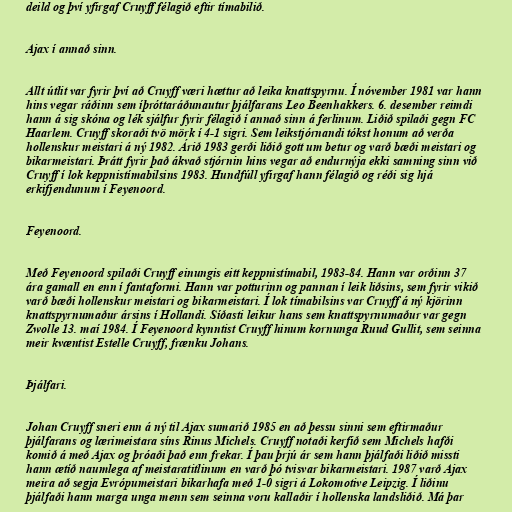
deild og því yfirgaf Cruyff félagið eftir tímabilið.

Ajax í annað sinn.

Allt útlit var fyrir því að Cruyff væri hættur að leika knattspyrnu. Í nóvember 1981 var hann
hins vegar ráðinn sem íþróttaráðunautur þjálfarans Leo Beenhakkers. 6. desember reimdi
hann á sig skóna og lék sjálfur fyrir félagið í annað sinn á ferlinum. Liðið spilaði gegn FC
Haarlem. Cruyff skoraði tvö mörk í 4-1 sigri. Sem leikstjórnandi tókst honum að verða
hollenskur meistari á ný 1982. Árið 1983 gerði liðið gott um betur og varð bæði meistari og
bikarmeistari. Þrátt fyrir það ákvað stjórnin hins vegar að endurnýja ekki samning sinn við
Cruyff í lok keppnistímabilsins 1983. Hundfúll yfirgaf hann félagið og réði sig hjá
erkifjendunum í Feyenoord.

Feyenoord.

Með Feyenoord spilaði Cruyff einungis eitt keppnistímabil, 1983-84. Hann var orðinn 37
ára gamall en enn í fantaformi. Hann var potturinn og pannan í leik liðsins, sem fyrir vikið
varð bæði hollenskur meistari og bikarmeistari. Í lok tímabilsins var Cruyff á ný kjörinn
knattspyrnumaður ársins í Hollandi. Síðasti leikur hans sem knattspyrnumaður var gegn
Zwolle 13. maí 1984. Í Feyenoord kynntist Cruyff hinum kornunga Ruud Gullit, sem seinna
meir kvæntist Estelle Cruyff, frænku Johans.

Þjálfari.

Johan Cruyff sneri enn á ný til Ajax sumarið 1985 en að þessu sinni sem eftirmaður
þjálfarans og lærimeistara síns Rinus Michels. Cruyff notaði kerfið sem Michels hafði
komið á með Ajax og þróaði það enn frekar. Í þau þrjú ár sem hann þjálfaði liðið missti
hann ætíð naumlega af meistaratitlinum en varð þó tvisvar bikarmeistari. 1987 varð Ajax
meira að segja Evrópumeistari bikarhafa með 1-0 sigri á Lokomotive Leipzig. Í liðinu
þjálfaði hann marga unga menn sem seinna voru kallaðir í hollenska landsliðið. Má þar